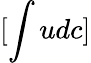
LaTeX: [\int udc]